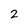
Character: 2